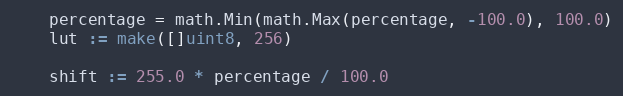
Language: Go
	percentage = math.Min(math.Max(percentage, -100.0), 100.0)
	lut := make([]uint8, 256)

	shift := 255.0 * percentage / 100.0